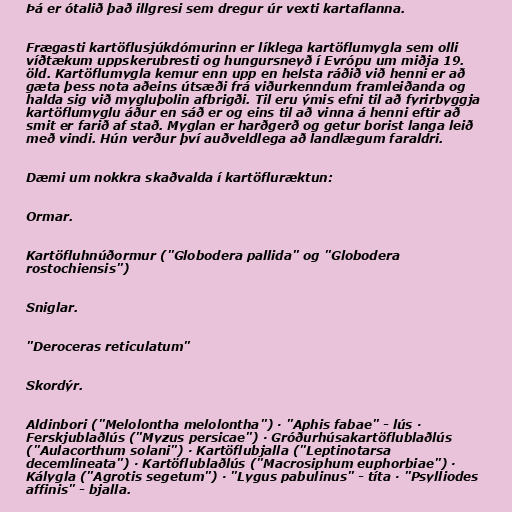
Þá er ótalið það illgresi sem dregur úr vexti kartaflanna.

Frægasti kartöflusjúkdómurinn er líklega kartöflumygla sem olli
víðtækum uppskerubresti og hungursneyð í Evrópu um miðja 19.
öld. Kartöflumygla kemur enn upp en helsta ráðið við henni er að
gæta þess nota aðeins útsæði frá viðurkenndum framleiðanda og
halda sig við mygluþolin afbrigði. Til eru ýmis efni til að fyrirbyggja
kartöflumyglu áður en sáð er og eins til að vinna á henni eftir að
smit er farið af stað. Myglan er harðgerð og getur borist langa leið
með vindi. Hún verður því auðveldlega að landlægum faraldri.

Dæmi um nokkra skaðvalda í kartöfluræktun:

Ormar.

Kartöfluhnúðormur ("Globodera pallida" og "Globodera
rostochiensis")

Sniglar.

"Deroceras reticulatum"

Skordýr.

Aldinbori ("Melolontha melolontha") · "Aphis fabae" - lús ·
Ferskjublaðlús ("Myzus persicae") · Gróðurhúsakartöflublaðlús
("Aulacorthum solani") · Kartöflubjalla ("Leptinotarsa
decemlineata") · Kartöflublaðlús ("Macrosiphum euphorbiae") ·
Kálygla ("Agrotis segetum") · "Lygus pabulinus" - títa · "Psylliodes
affinis" - bjalla.